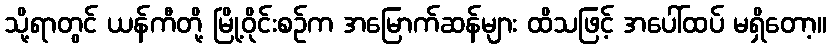
သို့ရာတွင် ယန်ကီတို့ မြို့ဝိုင်းစဉ်က အမြောက်ဆန်များ ထိသဖြင့် အပေါ်ထပ် မရှိတော့။